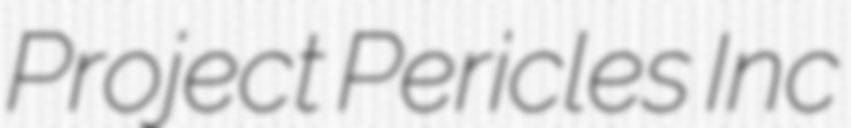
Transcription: Project Pericles Inc